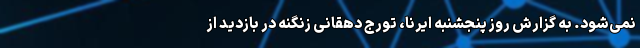
نمی‌شود. به گزارش روز پنجشنبه ایرنا، تورج دهقانی زنگنه در بازدید از